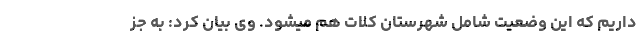
داریم که این وضعیت شامل شهرستان کلات هم میشود. وی بیان کرد: به جز